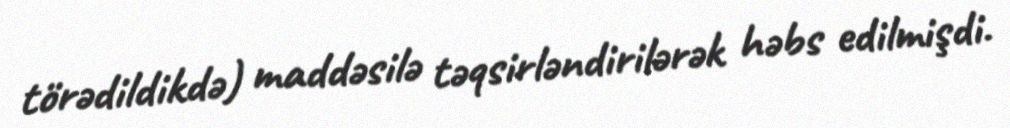
törədildikdə) maddəsilə təqsirləndirilərək həbs edilmişdi.